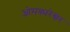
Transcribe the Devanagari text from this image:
ओमकारेश्वर